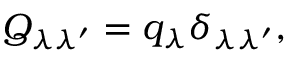
Q _ { \lambda \lambda ^ { \prime } } = q _ { \lambda } \delta _ { \lambda \lambda ^ { \prime } } ,